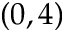
( 0 , 4 )